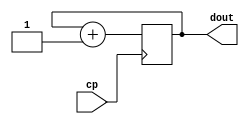
module counter0_7(cp,dout);
input cp;
output [2:0]dout;
reg [2:0]dout;
always @(posedge cp)
dout<=dout+1;
endmodule